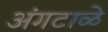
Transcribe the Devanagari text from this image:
अंगटाळे